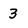
Character: 3